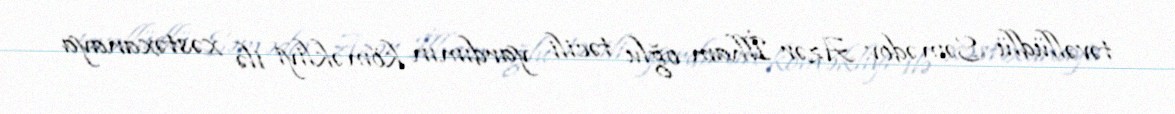
təvəllüdlü Səmədov Azər İlham oğlu təcili yardımın köməkliyi ilə xəstəxanaya